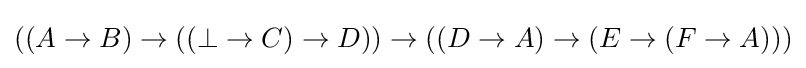
((A\to B)\to ((\bot \to C)\to D))\to ((D\to A)\to (E\to (F\to A)))